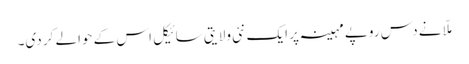
ملّا نے دس روپے مہینہ پر ایک نئی ولایتی سائیکل اس کے حوالے کر دی۔